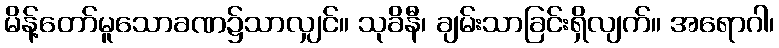
မိန့်တော်မူသောခဏ၌သာလျှင်။ သုခိနီ၊ ချမ်းသာခြင်းရှိလျက်။ အရောဂါ၊